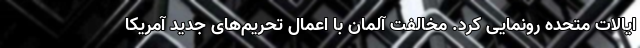
ایالات متحده رونمایی کرد. مخالفت آلمان با اعمال تحریم‌های جدید آمریکا